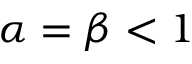
\alpha = \beta < 1